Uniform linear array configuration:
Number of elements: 4
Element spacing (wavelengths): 0.75
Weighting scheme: uniform
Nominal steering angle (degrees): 60
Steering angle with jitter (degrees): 59.445
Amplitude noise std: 0.05
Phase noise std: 0.05

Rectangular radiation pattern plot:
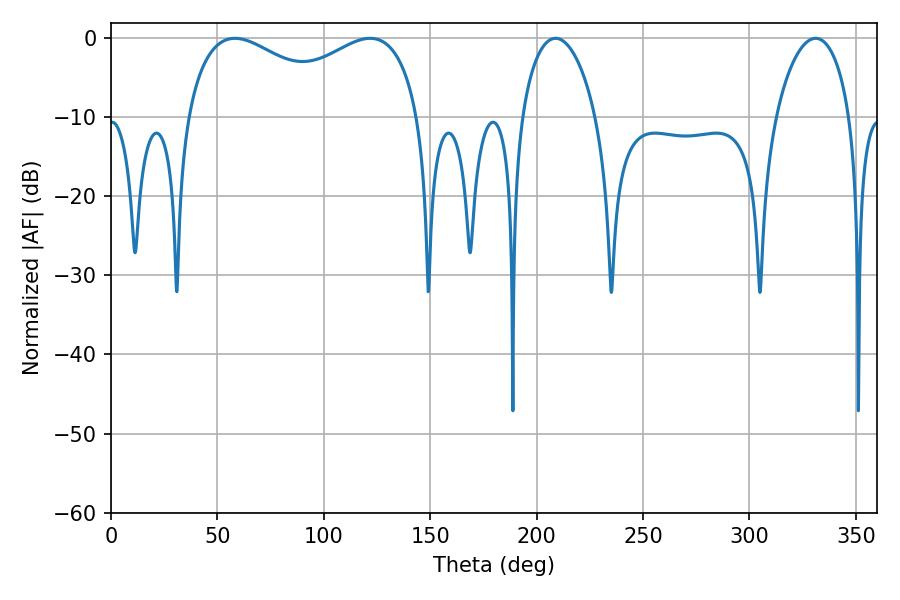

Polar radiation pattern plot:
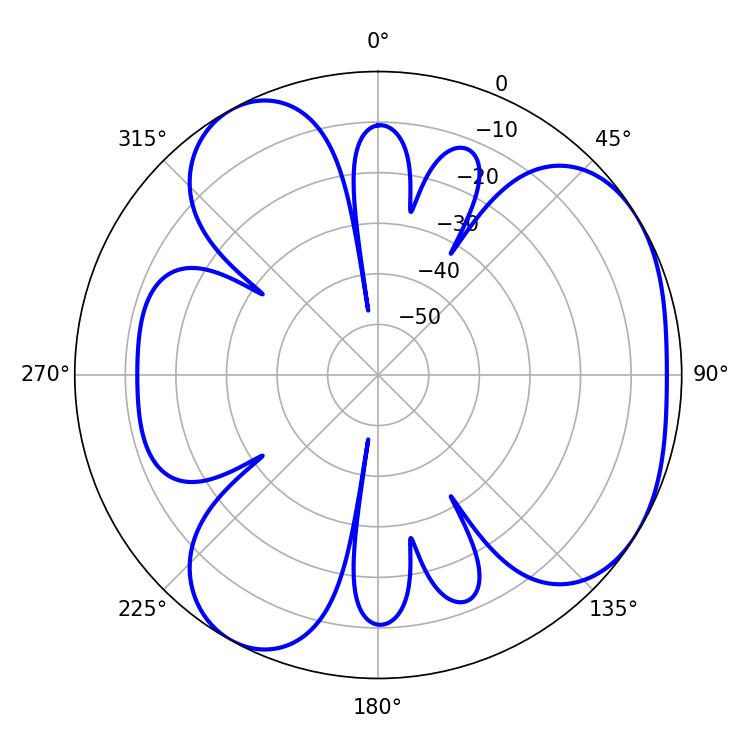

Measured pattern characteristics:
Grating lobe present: TRUE
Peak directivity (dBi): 4.413
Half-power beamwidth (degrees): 91.44
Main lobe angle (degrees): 58.14